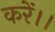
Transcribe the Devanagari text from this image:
करें।।